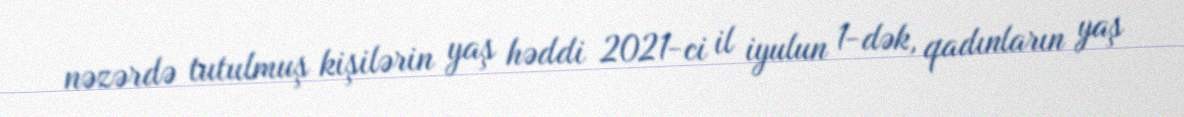
nəzərdə tutulmuş kişilərin yaş həddi 2021-ci il iyulun 1-dək, qadınların yaş